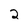
Character: 2